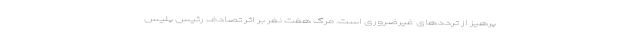
پرهیز از ترددهای غیرضروری است. مرگ هفت نفر بر اثر تصادف رئیس پلیس